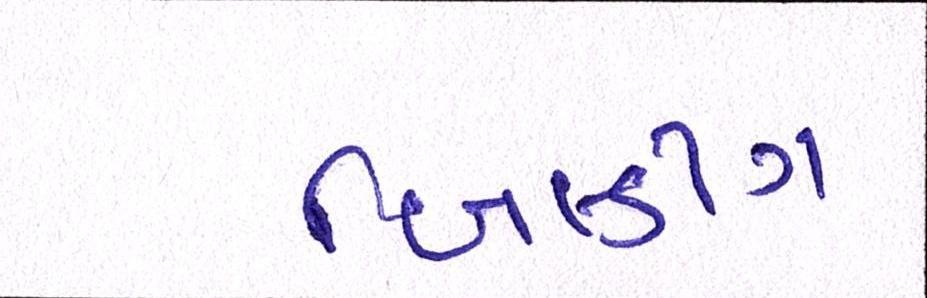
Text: બિલ્ડીંગ